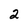
Character: 2